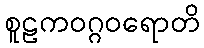
စူဠကဝဂ္ဂဝရောတိ